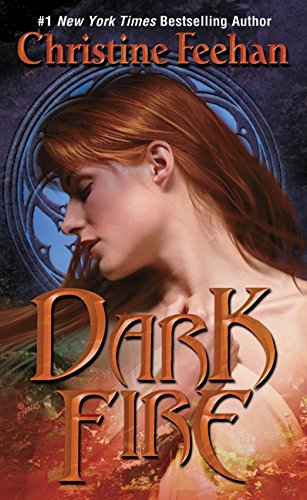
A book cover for Dark Fire (Dark Series); Christine Feehan; Romance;